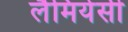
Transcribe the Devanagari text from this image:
लैमियेसी